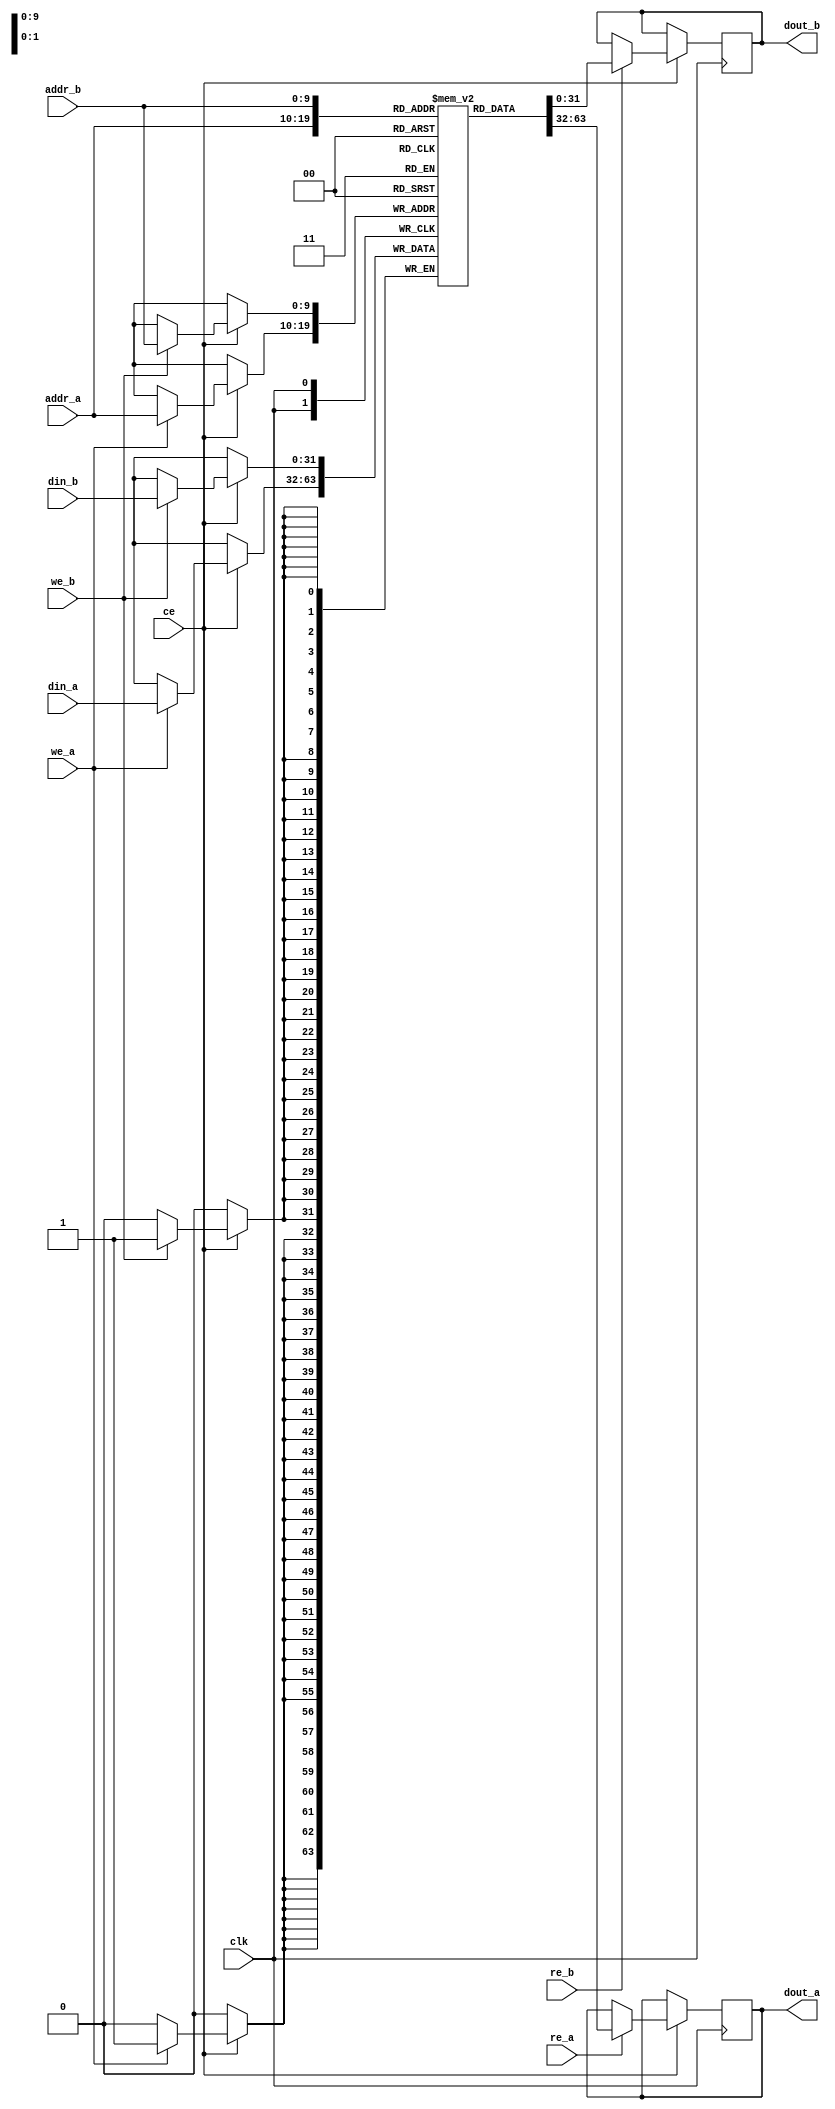
module bram_dual_port #(
    parameter DEPTH = 1024,      // Number of words
    parameter DATA_WIDTH = 32    // Width of each word in bits
)(
    input wire clk,              // Clock signal
    input wire ce,               // Chip enable
    input wire we_a,             // Write enable for Port A
    input wire re_a,             // Read enable for Port A
    input wire [DATA_WIDTH-1:0] din_a, // Data input for Port A
    input wire [$clog2(DEPTH)-1:0] addr_a, // Address for Port A
    output reg [DATA_WIDTH-1:0] dout_a, // Data output for Port A

    input wire we_b,             // Write enable for Port B
    input wire re_b,             // Read enable for Port B
    input wire [DATA_WIDTH-1:0] din_b, // Data input for Port B
    input wire [$clog2(DEPTH)-1:0] addr_b, // Address for Port B
    output reg [DATA_WIDTH-1:0] dout_b  // Data output for Port B
);

    // Memory array declaration
    reg [DATA_WIDTH-1:0] memory [0:DEPTH-1];

    // Port A operations
    always @(posedge clk) begin
        if (ce) begin
            // Write operation for Port A
            if (we_a) begin
                memory[addr_a] <= din_a;
            end
            // Read operation for Port A
            if (re_a) begin
                dout_a <= memory[addr_a];
            end
        end
    end

    // Port B operations
    always @(posedge clk) begin
        if (ce) begin
            // Write operation for Port B
            if (we_b) begin
                memory[addr_b] <= din_b;
            end
            // Read operation for Port B
            if (re_b) begin
                dout_b <= memory[addr_b];
            end
        end
    end

    // Optional: Initialization logic can be added here if needed

endmodule